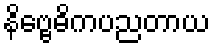
နိဗ္ဗေဓိကပညတာယ